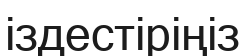
іздестіріңіз